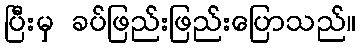
ပြီးမှ ခပ်ဖြည်းဖြည်းပြောသည်။